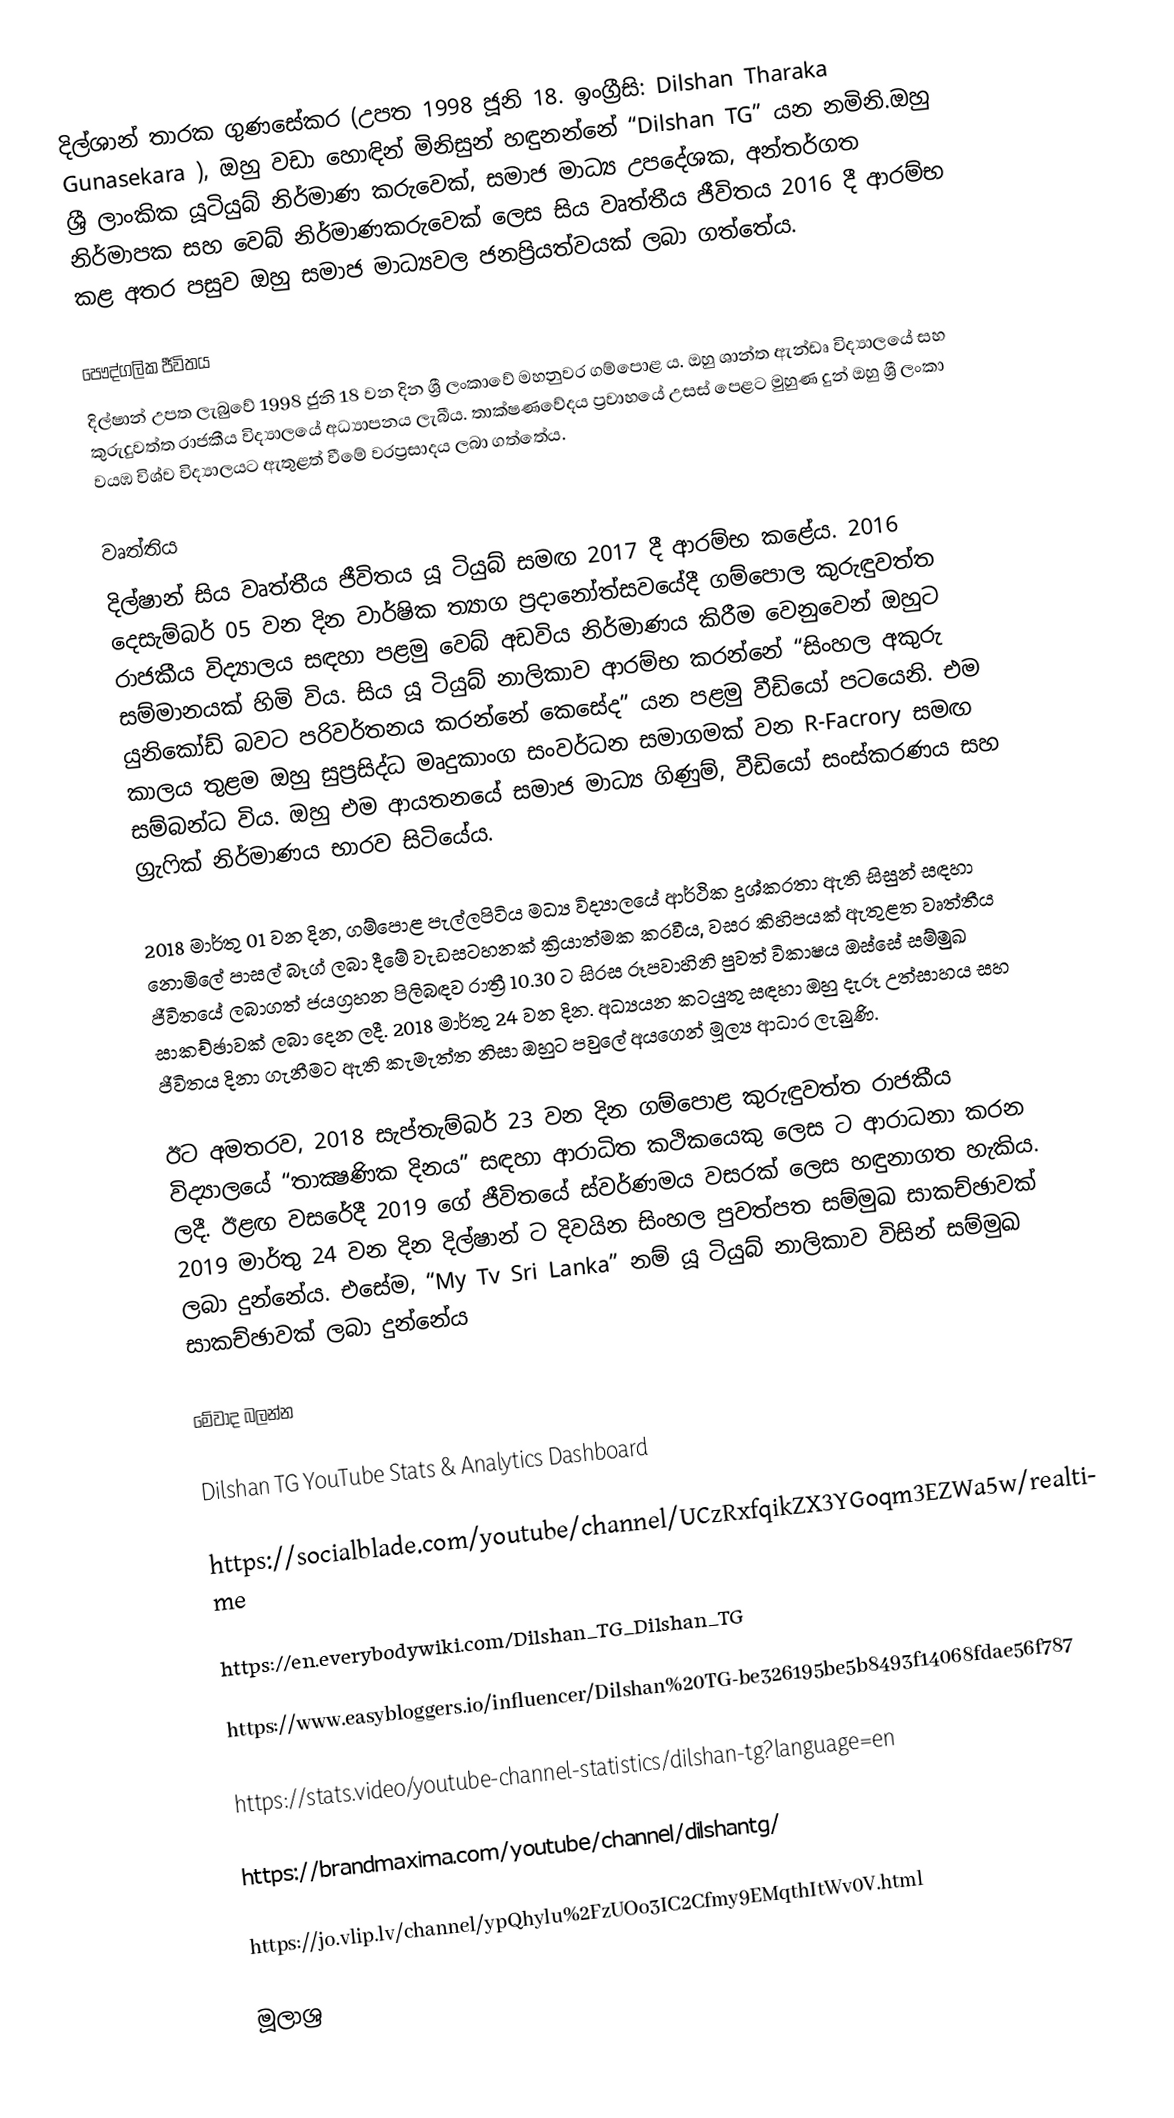
දිල්ශාන් තාරක ගුණසේකර (උපත 1998 ජූනි 18. ඉංග්‍රීසි: Dilshan Tharaka Gunasekara ), ඔහු වඩා හොඳින් මිනිසුන් හඳුනන්නේ “Dilshan TG” යන නමිනි.ඔහු ශ්‍රී ලාංකික යූටියුබ් නිර්මාණ කරුවෙක්, සමාජ මාධ්‍ය උපදේශක, අන්තර්ගත නිර්මාපක සහ වෙබ් නිර්මාණකරුවෙක් ලෙස සිය වෘත්තීය ජීවිතය 2016 දී ආරම්භ කළ අතර පසුව ඔහු සමාජ මාධ්‍යවල ජනප්‍රියත්වයක් ලබා ගත්තේය.

පෞද්ගලික ජීවිතය
දිල්ෂාන් උපත ලැබුවේ 1998 ජුනි 18 වන දින ශ්‍රී ලංකාවේ මහනුවර ගම්පොළ ය.  ඔහු ශාන්ත ඇන්ඩෘ විද්‍යාලයේ සහ කුරුදුවත්ත රාජකීය විද්‍යාලයේ අධ්‍යාපනය ලැබීය. තාක්ෂණවේදය ප්‍රවාහයේ උසස් පෙළට මුහුණ දුන් ඔහු ශ්‍රී ලංකා වයඹ විශ්ව විද්‍යාලයට ඇතුළත් වීමේ වරප්‍රසාදය ලබා ගත්තේය.

වෘත්තිය
දිල්ෂාන් සිය වෘත්තීය ජීවිතය යූ ටියුබ් සමඟ 2017 දී ආරම්භ කළේය. 2016 දෙසැම්බර් 05 වන දින වාර්ෂික ත්‍යාග ප්‍රදානෝත්සවයේදී ගම්පො​ල කුරුඳුවත්ත රාජකීය විද්‍යාලය සඳහා පළමු වෙබ් අඩවිය නිර්මාණය කිරීම වෙනුවෙන් ඔහුට සම්මානයක් හිමි විය. සිය යූ ටියුබ් නාලිකාව ආරම්භ කරන්නේ “සිංහල අකුරු යුනිකෝඩ් බවට පරිවර්තනය කරන්නේ කෙසේද” යන පළමු වීඩියෝ පටයෙනි. එම කාලය තුළම ඔහු සුප්‍රසිද්ධ මෘදුකාංග සංවර්ධන සමාගමක් වන R-Facrory සමඟ සම්බන්ධ විය. ඔහු එම ආයතනයේ සමාජ මාධ්‍ය ගිණුම්, වීඩියෝ සංස්කරණය සහ ග්‍රැෆික් නිර්මාණය භාරව සිටියේය.

2018 මාර්තු 01 වන දින, ගම්පොළ පැල්ලපිටිය මධ්‍ය විද්‍යාලයේ ආර්ථික දුශ්කරතා ඇති සිසුන් සඳහා නොමිලේ පාසල් බෑග් ලබා දීමේ වැඩසටහනක් ක්‍රියාත්මක කරවීය, වසර කිහිපයක් ඇතුළත වෘත්තීය ජීවිතයේ ලබාගත් ජයග්‍රහන පිලිබඳව රාත්‍රී 10.30 ට සිරස රූපවාහිනි පුවත් විකාෂය ඔස්සේ සම්මුඛ සාකච්ඡාවක් ලබා දෙන ලදී. 2018 මාර්තු 24 වන දින. අධ්‍යයන කටයුතු සඳහා ඔහු දැරූ උත්සාහය සහ ජීවිතය දිනා ගැනීමට ඇති කැමැත්ත නිසා ඔහුට පවුලේ අයගෙන් මූල්‍ය ආධාර ලැබුණි.

ඊට අමතරව, 2018 සැප්තැම්බර් 23 වන දින ගම්පොළ කුරුඳුවත්ත රාජකීය විද්‍යාලයේ “තාක්‍ෂණික දිනය” සඳහා ආරාධිත කථිකයෙකු ලෙස ට ආරාධනා කරන ලදී. ඊළඟ වසරේදී 2019 ගේ ජීවිතයේ ස්වර්ණමය වසරක් ලෙස හඳුනාගත හැකිය. 2019 මාර්තු 24 වන දින දිල්ෂාන් ට දිවයින සිංහල පුවත්පත සම්මුඛ සාකච්ඡාවක් ලබා දුන්නේය. එසේම, “My Tv Sri Lanka” නම් යූ ටියුබ් නාලිකාව විසින් සම්මුඛ සාකච්ඡාවක් ලබා දුන්නේය

මේවාද බලන්න

 Dilshan TG YouTube Stats & Analytics Dashboard

 https://socialblade.com/youtube/channel/UCzRxfqikZX3YGoqm3EZWa5w/realtime

 https://en.everybodywiki.com/Dilshan_TG_Dilshan_TG

 https://www.easybloggers.io/influencer/Dilshan%20TG-be326195be5b8493f14068fdae56f787

 https://stats.video/youtube-channel-statistics/dilshan-tg?language=en

 https://brandmaxima.com/youtube/channel/dilshantg/

 https://jo.vlip.lv/channel/ypQhylu%2FzUOo3IC2Cfmy9EMqthItWv0V.html

මූලාශ්‍ර